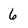
Character: 6